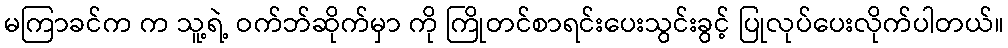
မကြာခင်က က သူ့ရဲ့ ဝက်ဘ်ဆိုက်မှာ ကို ကြိုတင်စာရင်းပေးသွင်းခွင့် ပြုလုပ်ပေးလိုက်ပါတယ်။